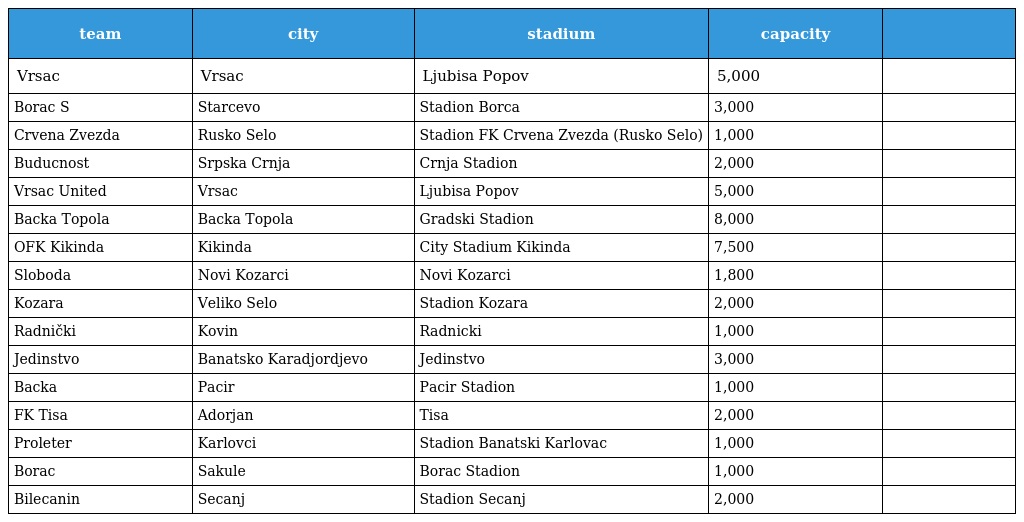
| team | city | stadium | capacity |  |
 | --- | --- | --- | --- | --- |
 | Vrsac | Vrsac | Ljubisa Popov | 5,000 |  |
 | Borac S | Starcevo | Stadion Borca | 3,000 |  |
 | Crvena Zvezda | Rusko Selo | Stadion FK Crvena Zvezda (Rusko Selo) | 1,000 |  |
 | Buducnost | Srpska Crnja | Crnja Stadion | 2,000 |  |
 | Vrsac United | Vrsac | Ljubisa Popov | 5,000 |  |
 | Backa Topola | Backa Topola | Gradski Stadion | 8,000 |  |
 | OFK Kikinda | Kikinda | City Stadium Kikinda | 7,500 |  |
 | Sloboda | Novi Kozarci | Novi Kozarci | 1,800 |  |
 | Kozara | Veliko Selo | Stadion Kozara | 2,000 |  |
 | Radnički | Kovin | Radnicki | 1,000 |  |
 | Jedinstvo | Banatsko Karadjordjevo | Jedinstvo | 3,000 |  |
 | Backa | Pacir | Pacir Stadion | 1,000 |  |
 | FK Tisa | Adorjan | Tisa | 2,000 |  |
 | Proleter | Karlovci | Stadion Banatski Karlovac | 1,000 |  |
 | Borac | Sakule | Borac Stadion | 1,000 |  |
 | Bilecanin | Secanj | Stadion Secanj | 2,000 |  |